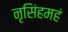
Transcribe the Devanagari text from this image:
नृसिंहमहं